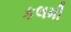
કલમી